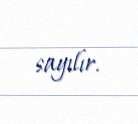
sayılır.